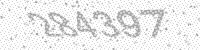
Solution: 284397